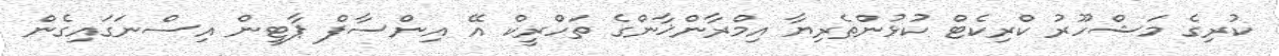
ކުރިގެ މަޝްހޫރު ކްރިކެޓް ކުޅުންތެރިޔާ އިމްރާންޚާންގެ ތަހްރީކް އޭ އިންސާފް ޕާޓީން އިސްނަގައިގެން